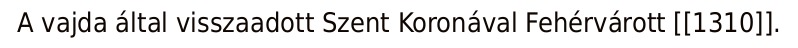
A vajda által visszaadott Szent Koronával Fehérvárott [[1310]].